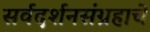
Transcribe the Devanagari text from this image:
सर्वदर्शनसंग्रहाचे